Regulations for the medical services of the Army of India
Year: 1930
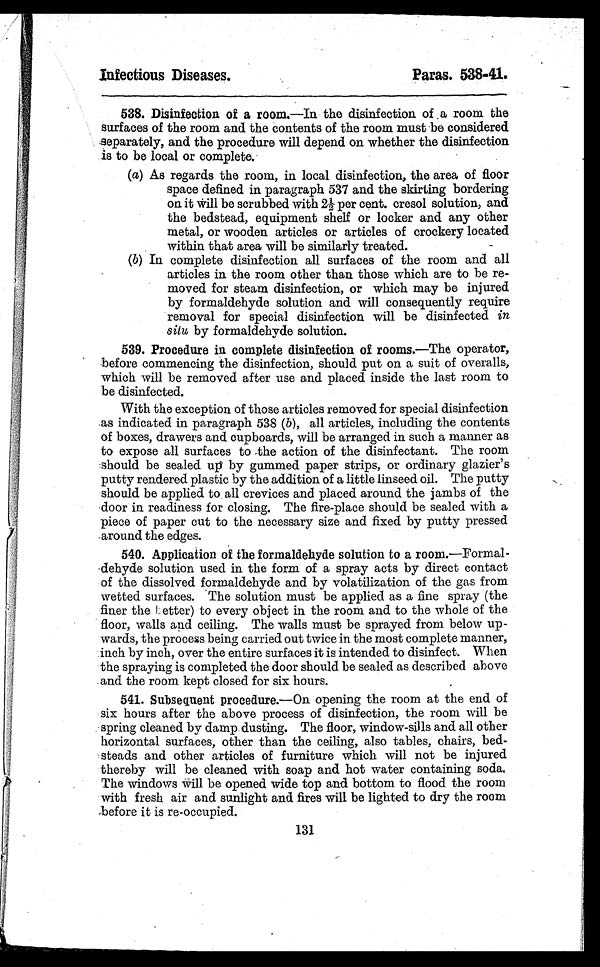
Infectious Diseases.
Paras. 538-41.
538. Disinfection of a room.—In the disinfection of . a room the
surfaces of the room and the contents of the room must be considered
separately, and the procedure will depend on whether the disinfection
is to be local or complete.
(a) As regards the room, in local disinfection, the area of floor
space defined in paragraph 537 and the skirting bordering
on it will be scrubbed with 21/2 per cent. cresol solution, and
the bedstead, equipment shelf or locker and any other
metal, or wooden articles or articles of crockery located
within that area will be similarly treated.
-
(b) In complete disinfection all surfaces of the room and all
articles in the room other than those which are to be re-
moved for steam disinfection, or which may be injured
by formaldehyde solution and will consequently require
removal for special disinfection will be disinfected in
situ by formaldehyde solution.
539. Procedure in complete disinfection of rooms.—The operator,
before commencing the disinfection, should put on a suit of overalls,
which will be removed after use and placed inside the last room to
be disinfected.
With the exception of those articles removed for special disinfection
as indicated in paragraph 538 (b), all articles, including the contents
of boxes, drawers and cupboards, will be arranged in such a manner as
to expose all surfaces to -the action of the disinfectant. The room
should be sealed up by gummed paper strips, or ordinary glazier's
putty rendered plastic by the addition of a little linseed oil. The putty
should be applied to all crevices and placed around the jambs of the
door in readiness for closing. The fire-place should be sealed with a
piece of paper cut to the necessary size and fixed by putty pressed
around the edges.
540. Application of the formaldehyde solution to a room.—Formal-
•dehyde solution used in the form of a spray acts by direct contact
of the dissolved formaldehyde and by volatilization of the gas from
wetted surfaces. The solution must be applied as a fine spray (the
finer the I. etter) to every object in the room and to the whole of the
floor, walls and ceiling. The walls must be sprayed from below up-
wards, the process being carried out twice in the most complete manner,
inch by inch, over the entire surfaces it is intended to disinfect. When
the spraying is completed the door should be sealed as described above
and the room kept closed for six hours.
541. Subsequent procedure.—On opening the room at the end of
six hours after the above process of disinfection, the room will be
spring cleaned by damp dusting. The floor, window-sills and all other
horizontal surfaces, other than the ceiling, also tables, chairs, bed-
steads and other articles of furniture which will not be injured
thereby will be cleaned with soap and hot water containing soda,
The windows will be opened wide top and bottom to flood the room
with fresh air and sunlight and fires will be lighted to dry the room
before it is re-occupied.
131